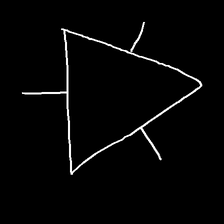
Glyph: fire